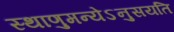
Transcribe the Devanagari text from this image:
स्थाणुमन्येऽनुसयति